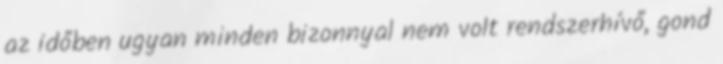
az időben ugyan minden bizonnyal nem volt rendszerhívő, gond